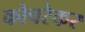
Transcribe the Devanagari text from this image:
कोचरेकर